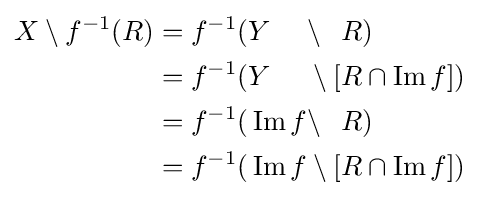
{\begin{alignedat}{4}X\setminus f^{-1}(R)&=f^{-1}(&&Y&&\setminus &&R)\\&=f^{-1}(&&Y&&\setminus [&&R\cap \operatorname {Im} f])\\&=f^{-1}(&&\operatorname {Im} f&&\setminus &&R)\\&=f^{-1}(&&\operatorname {Im} f&&\setminus [&&R\cap \operatorname {Im} f])\end{alignedat}}